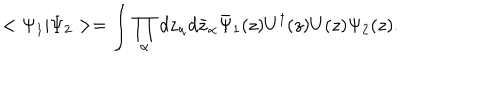
< \Psi _ { 1 } | \Psi _ { 2 } > = \int \prod _ { \alpha } d z _ { \alpha } d \bar { z } _ { \alpha } \bar { \Psi } _ { 1 } ( z ) U ^ { \dagger } ( z ) U ( z ) \Psi _ { 2 } ( z ) .